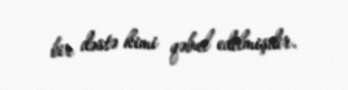
bir dəstə kimi qəbul edilmişdir.